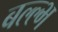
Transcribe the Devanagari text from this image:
बल्ल्भ